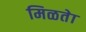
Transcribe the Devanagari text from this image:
मिळतेा